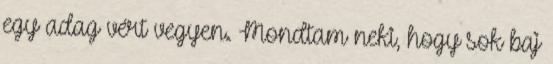
egy adag vért vegyen. Mondtam neki, hogy sok baj